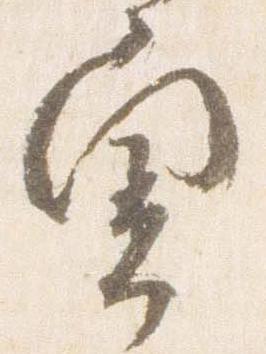
奥